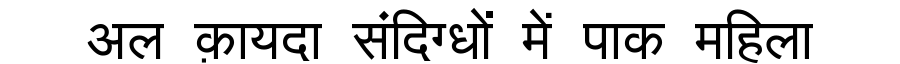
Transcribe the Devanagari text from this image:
अल क़ायदा संदिग्धों में पाक महिला